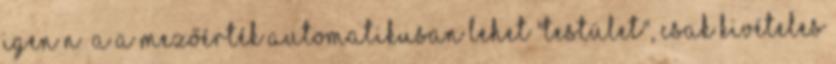
igen N A A mezőérték automatikusan lehet "testület", csak kivételes